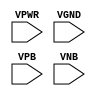
module sky130_fd_sc_lp__tapvgnd (
    VPWR,
    VGND,
    VPB ,
    VNB
);

    input VPWR;
    input VGND;
    input VPB ;
    input VNB ;
endmodule